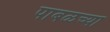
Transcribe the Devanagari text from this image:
पाबळच्या